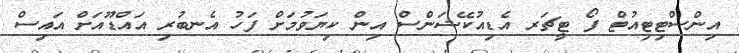
އިންސްޓިޓިއުޓް ފޯ ޓީޗަރ އެޑިއުކޭޝަންސް އިން ކިޔަވުމަށް ފަހު އެނބުރި އައްޑޫއަށް އައިސް